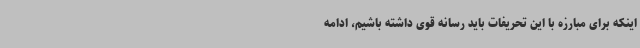
اینکه برای مبارزه با این تحریفات باید رسانه قوی داشته باشیم، ادامه